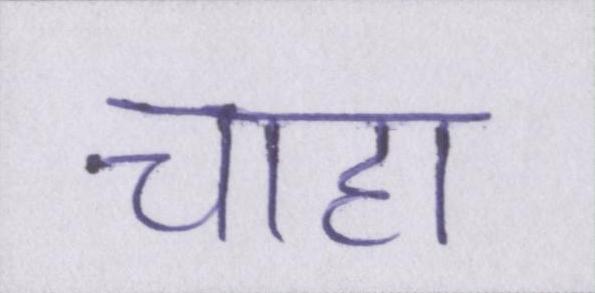
चाहा